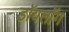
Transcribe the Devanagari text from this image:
डॉयलॉग